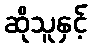
ဆိုသူနှင့်